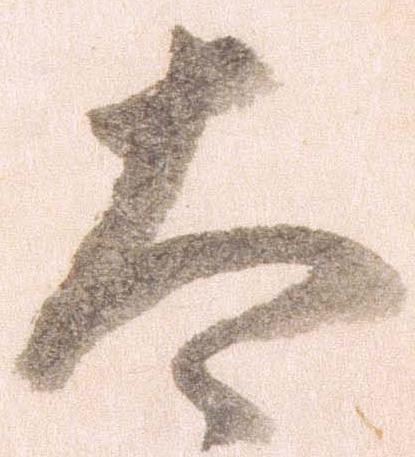
太